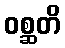
ဝစ္ဆတိ